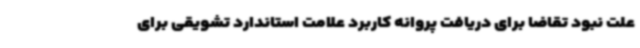
علت نبود تقاضا برای دریافت پروانه کاربرد علامت استاندارد تشویقی برای